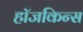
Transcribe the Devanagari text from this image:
हॉजकिन्स